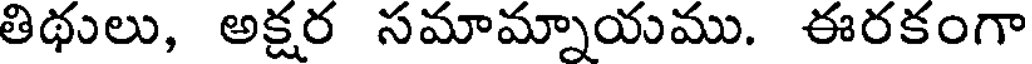
తిథులు, అక్షర సమామ్నాయము. ఈరకంగా